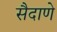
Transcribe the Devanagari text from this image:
सैदाणे